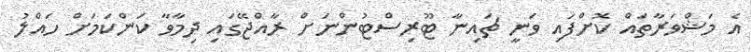
އެ މަޝްވަރާތައް ކޮށްފައި ވަނީ ޗައިނާ ޓޫރިސްްޓުންނަށް ރާއްޖޭގައި ދިމާވާ ކަންކަމަށް ހައްލު